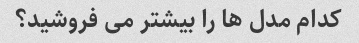
کدام مدل ها را بیشتر می فروشید؟